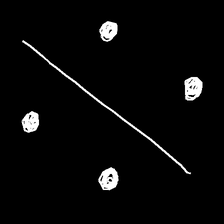
Glyph: cool